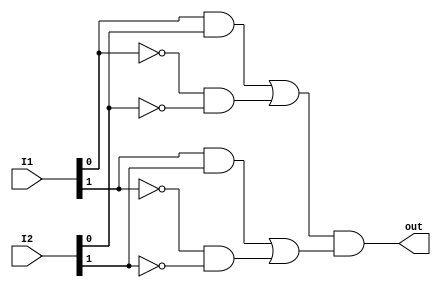
module CMP(I1, I2, out);
input [1:0] I1, I2;
output out;
wire [1:0] nI1, nI2; 
wire [1:0] y1, y2, f; 

not n0(nI1[0], I1[0]);
not n1(nI1[1], I1[1]);

not n2(nI2[0], I2[0]);
not n3(nI2[1], I2[1]);

and a0(y1[0], I1[0], I2[0]);
and a1(y2[0], nI1[0], nI2[0]);
or o0(f[0], y1[0], y2[0]);

and a2(y1[1], I1[1], I2[1]);
and a3(y2[1], nI1[1], nI2[1]);
or o1(f[1], y1[1], y2[1]);

and a4(out, f[0], f[1]);
endmodule